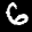
Label: 6